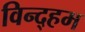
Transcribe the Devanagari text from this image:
विन्द्हम